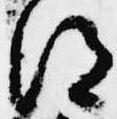
得